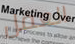
العمل